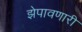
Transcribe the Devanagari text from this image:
झेपावणारी